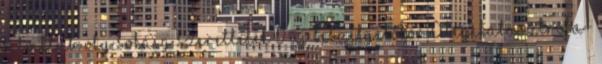
Filmklub: Oly sokáig szerettelek 0 ÚJ Beszélgetőkör 0 Légikatasztrófa-